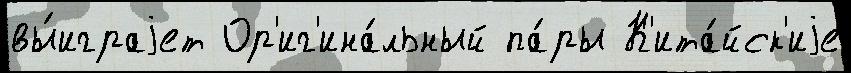
вы́играjет Ор'иг'ина́льный па́ры К'ита́йск'иjе